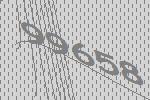
99658